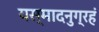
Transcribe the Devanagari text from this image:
यस्मादनुग्रहं